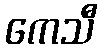
ကေသီ